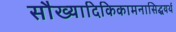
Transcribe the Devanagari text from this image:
सौख्यादिकिकामनासिद्धयर्थ